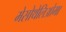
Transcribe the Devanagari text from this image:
मेसोथेलिओमा